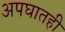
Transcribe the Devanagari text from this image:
अपघातही